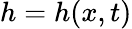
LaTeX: h=h(x,t)